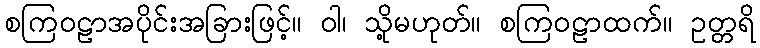
စကြဝဠာအပိုင်းအခြားဖြင့်။ ဝါ၊ သို့မဟုတ်။ စကြဝဠာထက်။ ဥတ္တရိ